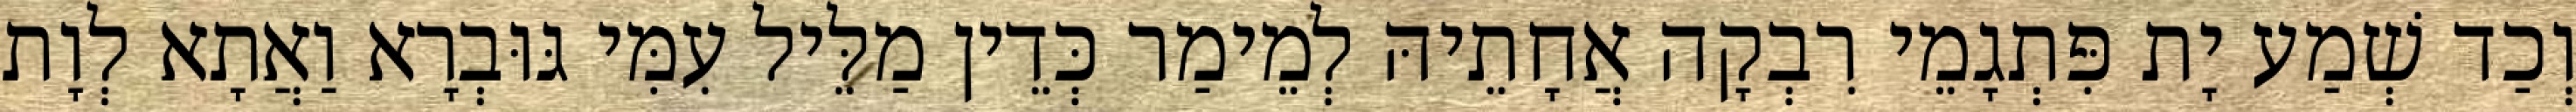
וְכַד שְׁמַע יָת פִּתְגָמֵי רִבְקָה אֲחָתֵיהּ לְמֵימַר כְּדֵין מַלֵּיל עִמִּי גּוּבְרָא וַאֲתָא לְוָת